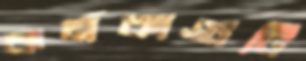
কর্মকাণ্ডটি